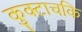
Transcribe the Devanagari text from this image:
कुक्टाचकि